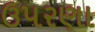
ઉપરણા